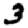
Digit: 3